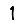
Digit: 1